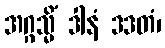
အဂ္ဂသ္မိံ ဒါနံ ဒဒတံ၊